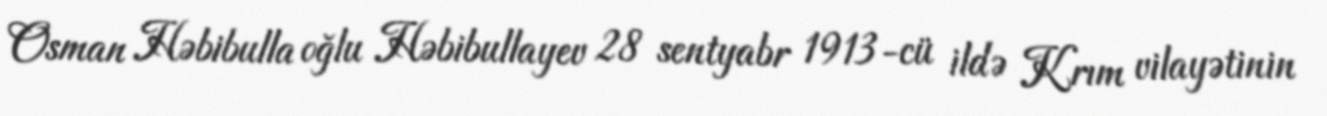
Osman Həbibulla oğlu Həbibullayev 28 sentyabr 1913-cü ildə Krım vilayətinin